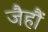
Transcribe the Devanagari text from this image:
जैहौं